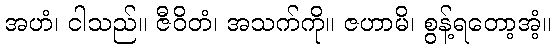
အဟံ၊ ငါသည်။ ဇီဝိတံ၊ အသက်ကို။ ဇဟာမိ၊ စွန့်ရတော့အံ့။